Vaccination in the Punjab 1867-1880 - 1867-1880
Year: 1867
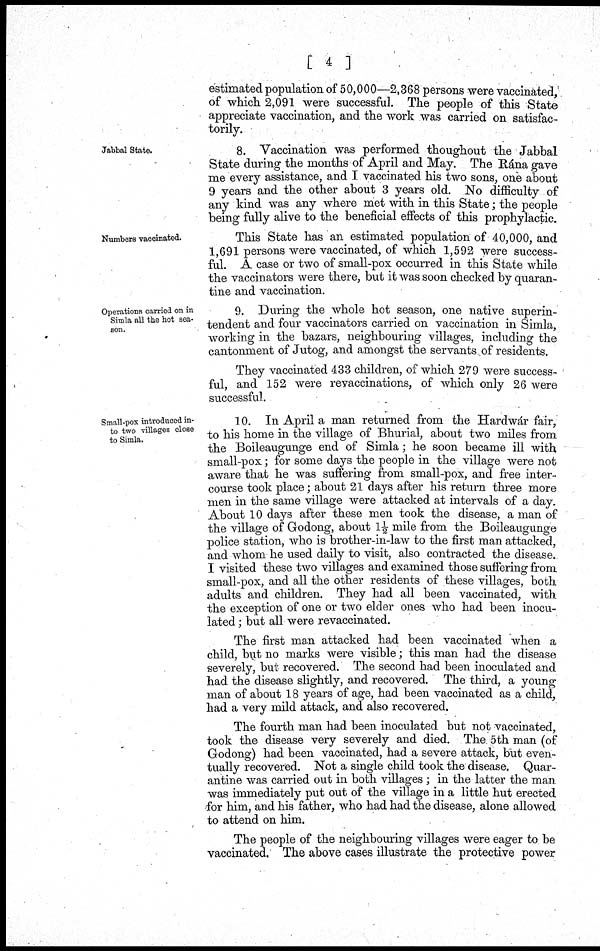
[ 4 ]
estimated population of 50,000—2,368 persons were vaccinated,
of which 2,091 were successful. The people of this State
appreciate vaccination, and the work was carried on satisfac-
torily.
Jabbal State.
8. Vaccination was performed thoughout the Jabbal
State during the months of April and May. The Edna gave
me every assistance, and I vaccinated his two sons, one about
9 years and the other about 3 years old. No difficulty of
any kind was any where met with in this State; the people
being fully alive to the beneficial effects of this prophylactic.
Numbers vaccinated.
This State has an estimated population of 40,000, and
1,691 persons were vaccinated, of which 1,592 were success-
ful. A case or two of small-pox occurred in this State while
the vaccinators were there, but it was soon checked by quaran-
tine and vaccination.
Operations carried on in
Simla all the hot sea-
son.
9. During the whole hot season, one native superin-
tendent and four vaccinators carried on vaccination in Simla,
working in the bazars, neighbouring villages, including the
cantonment of Jutog, and amongst the servants of residents.
They vaccinated 433 children, of which 279 were success-
ful, and 152 were revaccinations, of which only 26 were
successful.
Small-pox introduced in-
to two villages close
to Simla.
10. In April a man returned from the Hardwár fair,
to his home in the village of Bhurial, about two miles from
the Boileaugunge end of Simla; he soon became ill with
small-pox; for some days the people in the village were not
aware that he was suffering from small-pox, and free inter-
course took place; about 21 days after his return three more
men in the same village were attacked at intervals of a day.
About 10 days after these men took the disease, a man of
the village of Godong, about 1½ mile from the Boileaugunge
police station, who is brother-in-law to the first man attacked,
and whom he used daily to visit, also contracted the disease.
I visited these two villages and examined those suffering from
small-pox, and all the other residents of these villages, both
adults and children. They had all been vaccinated, with
the exception of one or two elder ones who had been inocu-
lated ; but all were revaccinated.
The first man attacked had been vaccinated when a
child, but no marks were visible; this man had the disease
severely, but recovered. The second had been inoculated and
had the disease slightly, and recovered. The third, a young
man of about 18 years of age, had been vaccinated as a child,
had a very mild attack, and also recovered.
The fourth man had been inoculated but not vaccinated,
took the disease very severely and died. The 5th man (of
Godong) had been vaccinated, had a severe attack, but even-
tually recovered. Not a single child took the disease. Quar-
antine was carried out in both villages ; in the latter the man
was immediately put out of the village in a little hut erected
for him, and his father, who had had the disease, alone allowed
to attend on him.
The people of the neighbouring villages were eager to be
vaccinated. The above cases illustrate the protective power